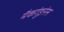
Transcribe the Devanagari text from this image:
मैकगुंइनेस